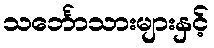
သင်္ဘောသားများနှင့်